Report on vaccination in Madras 1895-1903 - 1895-1903
Year: 1895
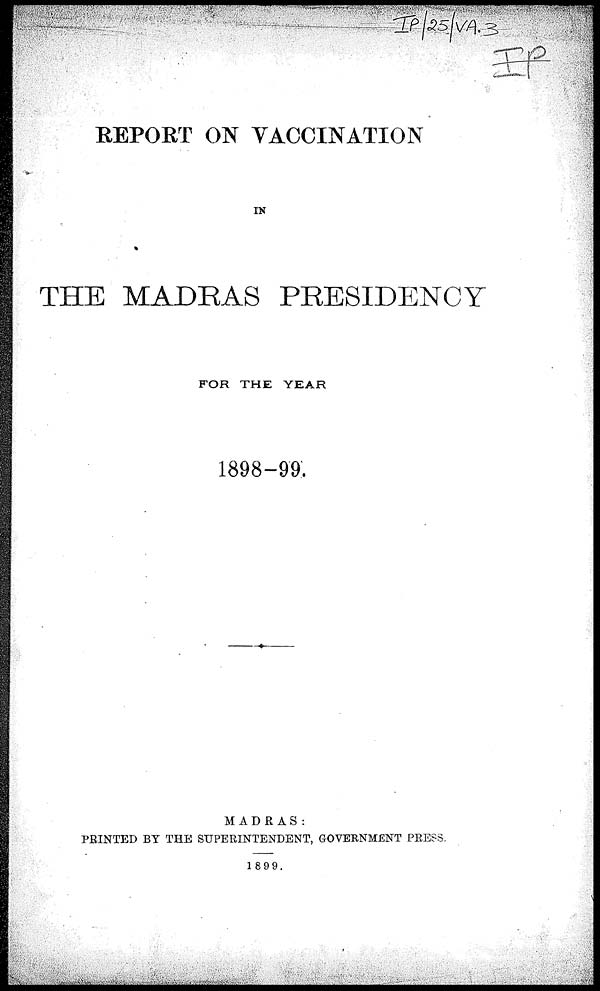
REPORT ON VACCINATION
IN
THE MADRAS PRESIDENCY
FOR THE YEAR
1898-99.
MADRAS :
PRINTED BY THE SUPERINTENDENT, GOVERNMENT PRESS.
1899.